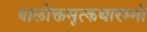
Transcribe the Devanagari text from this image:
बालोक्तमृत्कथारम्भो